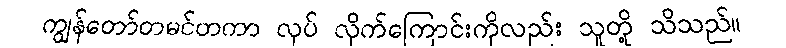
ကျွန်တော်တမင်တကာ လုပ် လိုက်ကြောင်းကိုလည်း သူတို့ သိသည်။